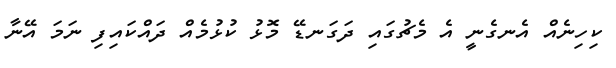
ކިހިނެއް އެނގެނީ އެ މެޗުގައި ދަގަނޑޭ މޮޅު ކުޅުމެއް ދައްކައިފި ނަމަ އޭނާ